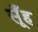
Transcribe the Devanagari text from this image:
सूँह